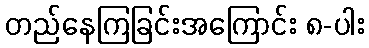
တည်နေကြခြင်းအကြောင်း ၈-ပါး